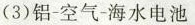
(3)铝-空气-海水电池